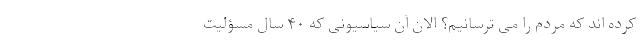
کرده اند که مردم را می ترسانیم؟ الان آن سیاسیونی که ۴۰ سال مسؤلیت